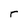
Character: r